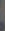
.